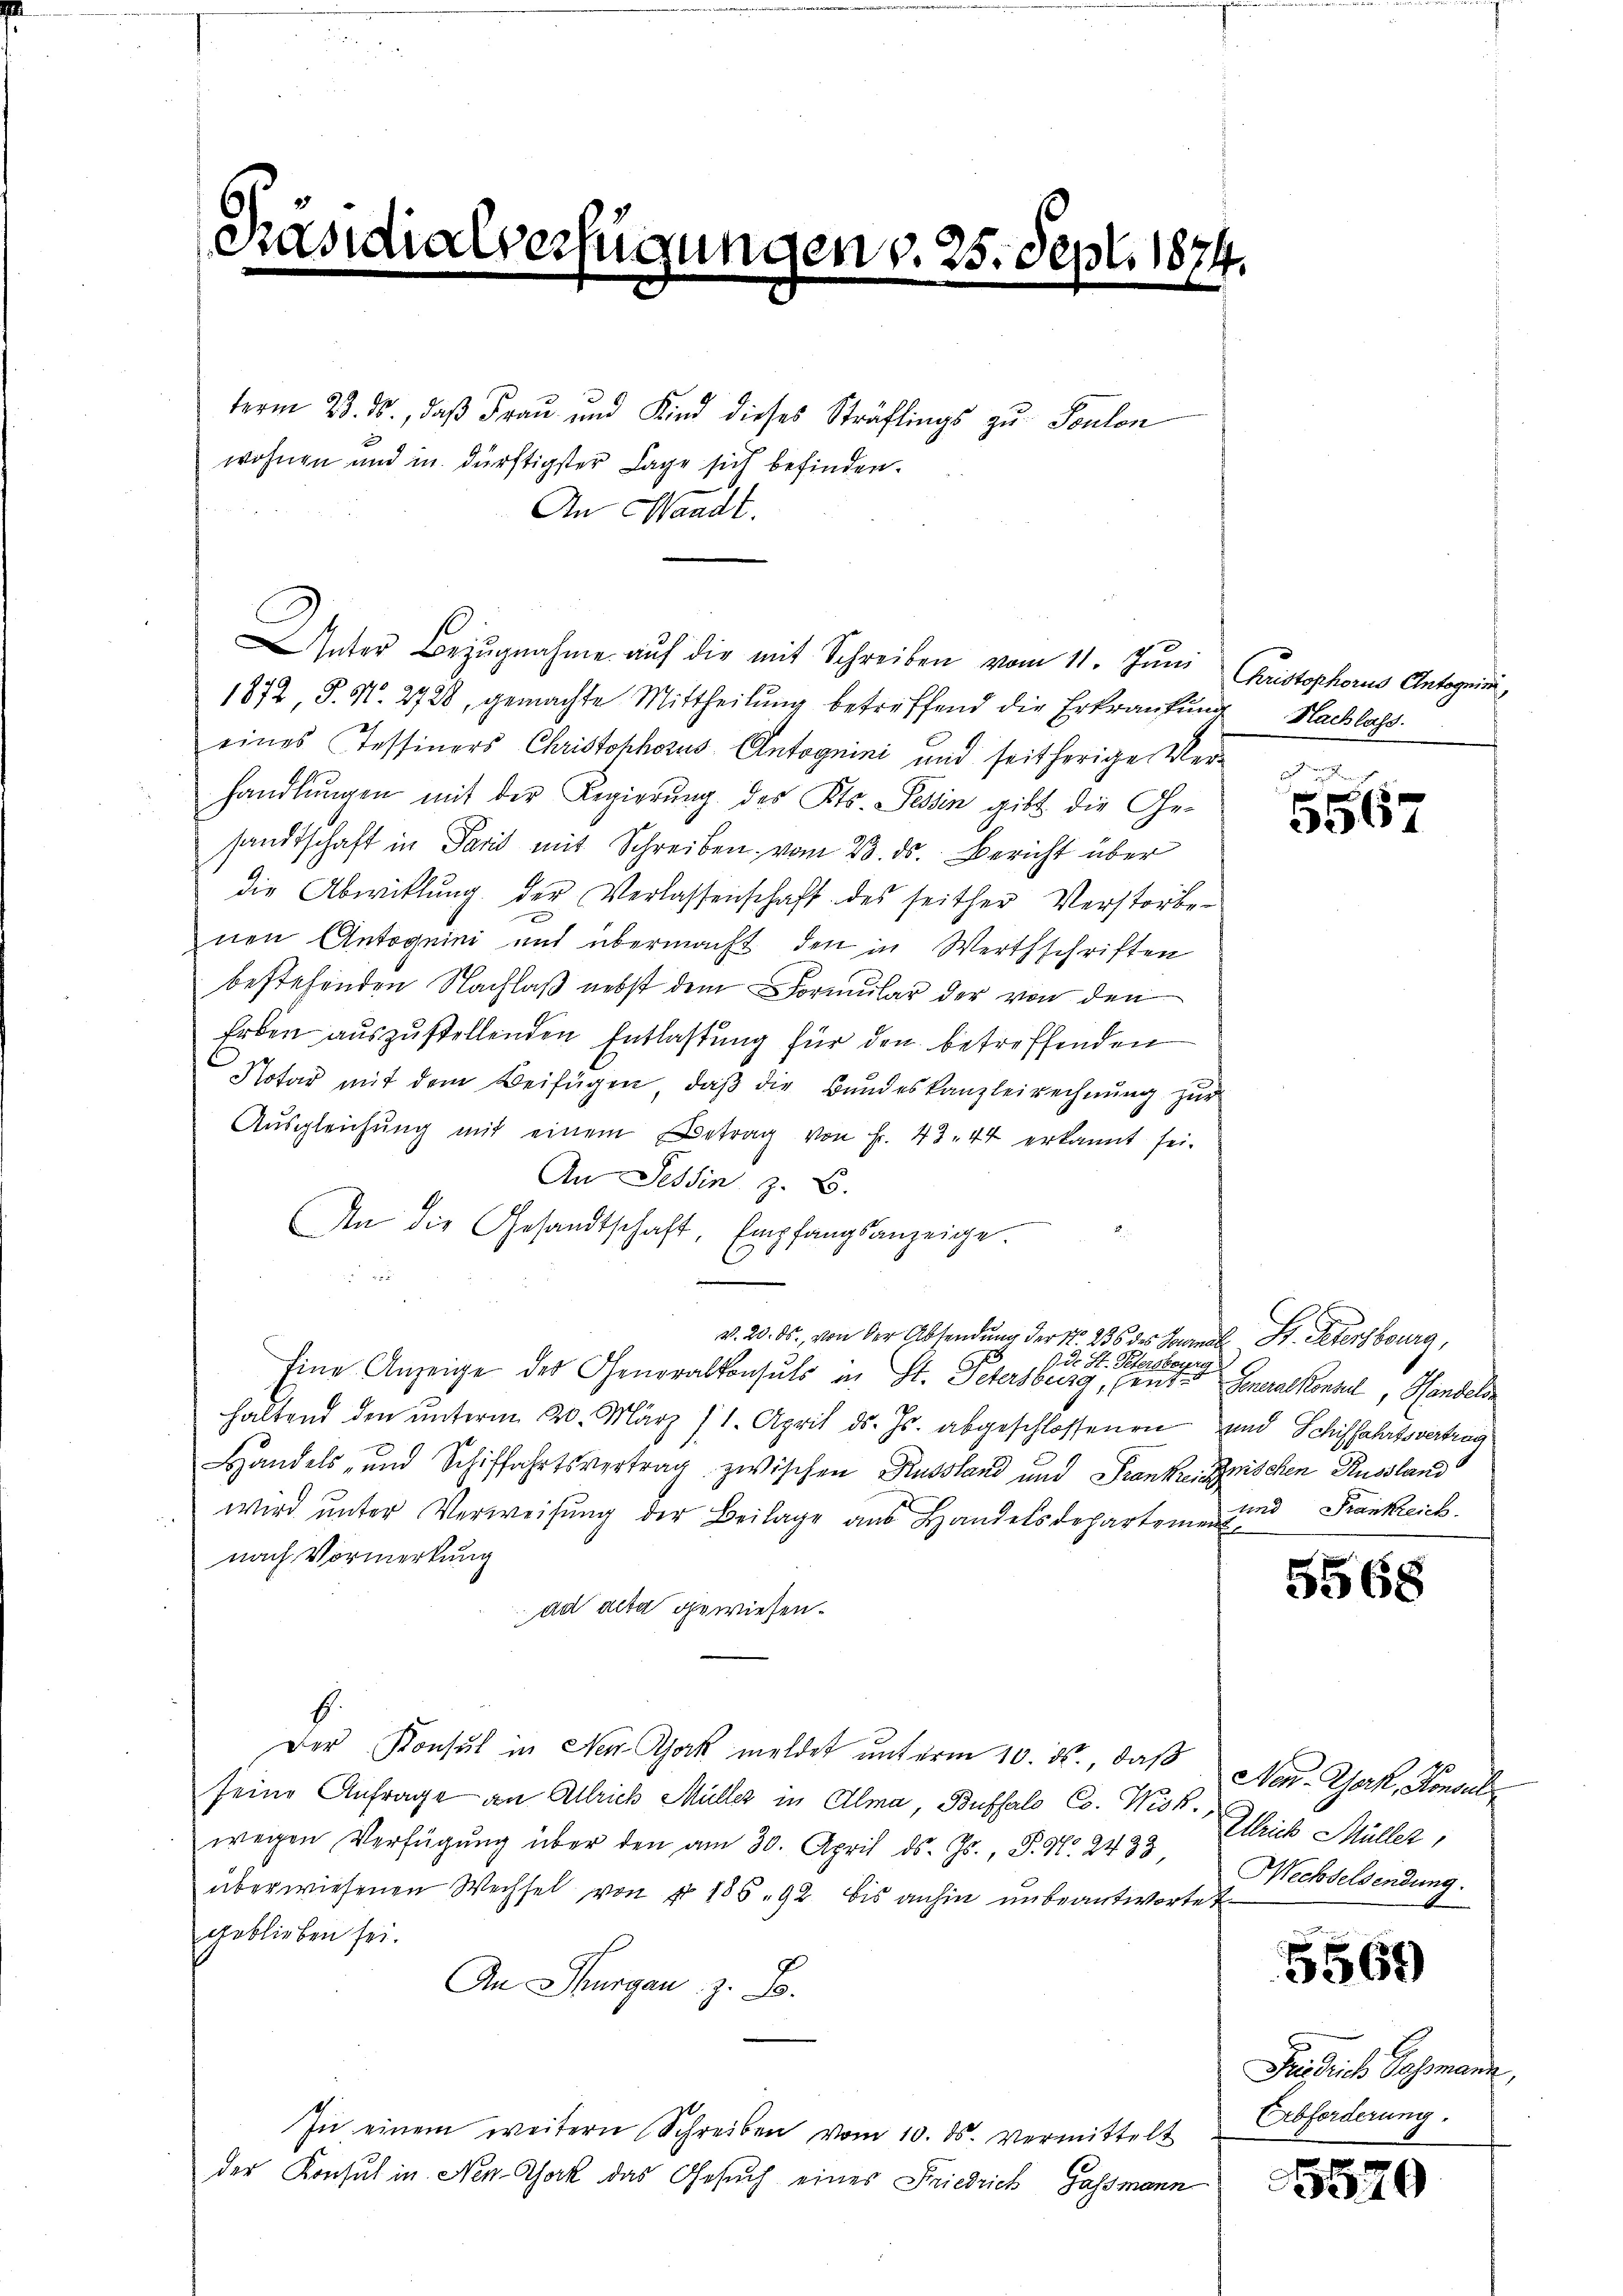
e

.

2

ügungen v. 25. Sept. 1874

term 23. ds., daß Frau und Kind dieses Sträflings zu Toulon
wohnen und in dürftigster Lage sich befinden.

An Waadt.

Inter Bezŭgnahme aŭf die mit Schreiben vom 11. Juni Christophorus Antogen,
1872, S. N. 2728, gemachte Mittheilŭng betreffend die Erkrankŭng Nachlass
eines Tessiners Christophorus Antognini und seitherige Verhandlungen mit der Regierung des Kts. Tessin gibt die Gesandtschaft in Paris mit Schreiben vom 23. ds. Bericht über
die Abwicklung der Verlassenschaft des seither Verstorbe-
nen Antognini und übermacht, den in Werthschriften
bestehenden Nachlaß nebst dem Formular der von den
Erben auszustellenden Entlastung für den betreffenden
Notar mit dem Beifügen, daß die Bundeskanzleirechnung zur
Aŭsgleichŭng mit einem Betrag von Fr. 43. 44 erkannt sei.
An Tessin z. B.
An die Gesandtschaft, Empfangsanzeige.
B
7 d. St. Petersberg
Eine Anzeige des Generalkonsuls in St. Petersburg, sente
haltend den unterm 20. März 11. April ds. Js. abgeschlossenen und Schiffahrtsvertrag
Handels- und Schiffahrtsvertrag zwischen Russland und Franke Bischen Russland
wird unter Verweisung der Beilage aus Handelsdepartemen und Frankreich
nach Vormerkung
ad acta gewiesen.
f
Der Konsul in Neu Gack meldet unterm 10. ds., daß
seine Anfrage an Allrich Müller in Olma, Buffalo Co. Wisk.,
wegen Verfügŭng über den am 30. April d. Js., P. N. 2433
überwiesenen Wechsel von Nr. 186. 92 bis anhin unbeantwortet
geblieben sei.
An Thurgau, z. B.
In einem weitern Schreiben vom 10. ds. vermittelt
der Konsul in Neu-Ahock das Gesuch eines Friedrich, Gassmann

v. 20. ds., von der Absendung der No. 236 des Vormale St. Petersburg,

3567

Generalkonsul, Handels

5568

Nen-Gek, Konsul
Illrich Müller,
Wechselsendung.

5569

Fridrich Gassmann,
Abforderung.

5520